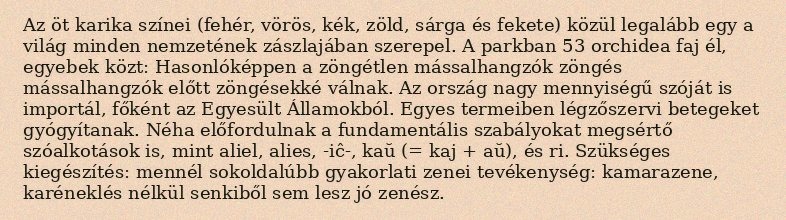
Az öt karika színei (fehér, vörös, kék, zöld, sárga és fekete) közül legalább egy a világ minden nemzetének zászlajában szerepel. A parkban 53 orchidea faj él, egyebek közt: Hasonlóképpen a zöngétlen mássalhangzók zöngés mássalhangzók előtt zöngésekké válnak. Az ország nagy mennyiségű szóját is importál, főként az Egyesült Államokból. Egyes termeiben légzőszervi betegeket gyógyítanak. Néha előfordulnak a fundamentális szabályokat megsértő szóalkotások is, mint aliel, alies, -iĉ-, kaŭ (= kaj + aŭ), és ri. Szükséges kiegészítés: mennél sokoldalúbb gyakorlati zenei tevékenység: kamarazene, karéneklés nélkül senkiből sem lesz jó zenész.